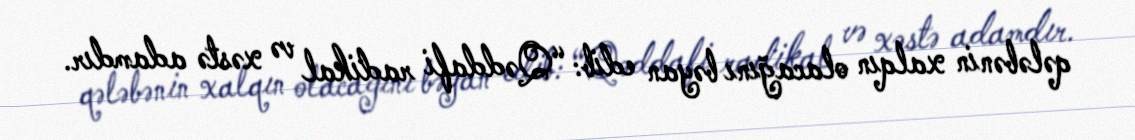
qələbənin xalqın olacağını bəyan edib: “Qəddafi radikal və xəstə adamdır.